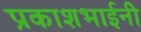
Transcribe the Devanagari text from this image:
प्रकाशभाईनी